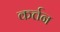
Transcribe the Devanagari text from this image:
कर्त्तन